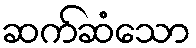
ဆက်ဆံသော